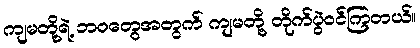
ကျမတို့ရဲ့ ဘဝတွေအတွက် ကျမတို့ တိုက်ပွဲဝင်ကြတယ်။